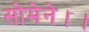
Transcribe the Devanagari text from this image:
सोमेने।।